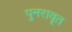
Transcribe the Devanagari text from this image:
पुनरावृ्त